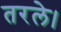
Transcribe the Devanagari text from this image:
तरले।